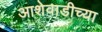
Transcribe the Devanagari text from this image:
आशेवाडीच्या